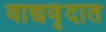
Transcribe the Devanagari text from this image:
वाद्यवृंदात